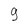
Character: 9